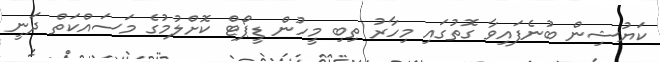
ކަޔުޝިން ބުނެފައިވާ ގޮތުގައި މިހާރު ތިބި މީހުން ޑީޕޯޓް ކޮށްލުމުގެ މަސައްކަތް ދަނީ